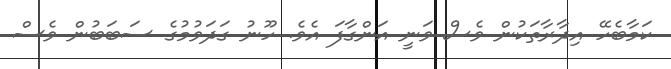
ކަމާބެހޭ އިދާރާތަކުން ވެސް ވަނީ އަންގާފަ އެވެ. ހޫނު ގަދަވުމުގެ ސަބަބުން ވެސް